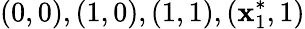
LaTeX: (0,0),(1,0),(1,1),(\mathbf{x}_{1}^{*},1)